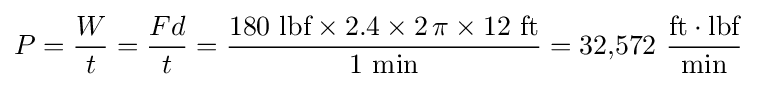
P={\frac {W}{t}}={\frac {Fd}{t}}={\frac {180~{\text{lbf}}\times 2.4\times 2\,\pi \times 12~{\text{ft}}}{1~{\text{min}}}}=32{,}572~{\frac {{\text{ft}}\cdot {\text{lbf}}}{\text{min}}}